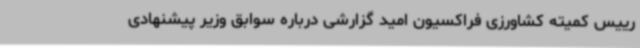
رییس کمیته کشاورزی فراکسیون امید گزارشی درباره سوابق وزیر پیشنهادی